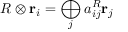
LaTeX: { \cal R } \otimes { \bf r } _ { i } = \bigoplus _ { j } a _ { i j } ^ { { \cal R } } { \bf r } _ { j }